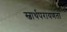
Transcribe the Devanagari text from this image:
स्वार्थपरायणता